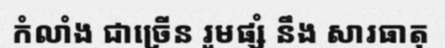
កំលាំង ជាច្រើន រួមផ្សំ នឹង សារធាតុ